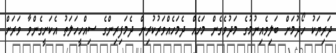
ދަރިޔަކު ހޯދުމަށް ބަލިވެއިނުމުގެ މަދުވެގެން މަހެއް ދެމަހެއްވަރުކުރިން ދެމަފިރިންގެ ސިއްހީހަލަތު އެކަށީގެންވާ ވަރަށް